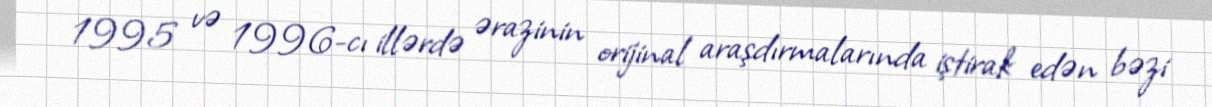
1995 və 1996-cı illərdə ərazinin orijinal araşdırmalarında iştirak edən bəzi